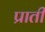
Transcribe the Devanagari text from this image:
प्राती